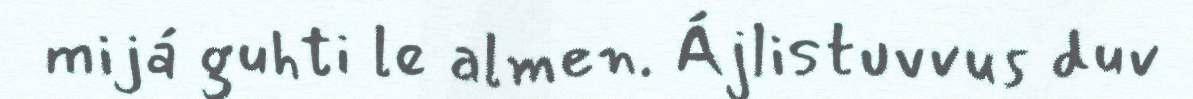
mijá guhti le almen. Ájlistuvvus duv